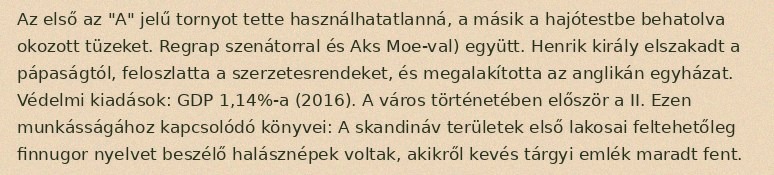
Az első az "A" jelű tornyot tette használhatatlanná, a másik a hajótestbe behatolva okozott tüzeket. Regrap szenátorral és Aks Moe-val) együtt. Henrik király elszakadt a pápaságtól, feloszlatta a szerzetesrendeket, és megalakította az anglikán egyházat. Védelmi kiadások: GDP 1,14%-a (2016). A város történetében először a II. Ezen munkásságához kapcsolódó könyvei: A skandináv területek első lakosai feltehetőleg finnugor nyelvet beszélő halásznépek voltak, akikről kevés tárgyi emlék maradt fent.